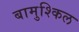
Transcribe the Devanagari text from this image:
बामुश्किल